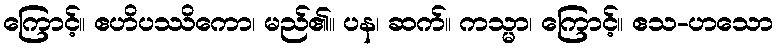
ကြောင့်။ ဧဟိပဿိကော၊ မည်၏။ ပန၊ ဆက်။ ကသ္မာ၊ ကြောင့်။ ဧသ-ဟသော